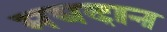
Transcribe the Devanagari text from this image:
मयदान